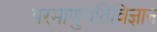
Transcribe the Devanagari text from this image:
परमाणुगतिविज्ञान